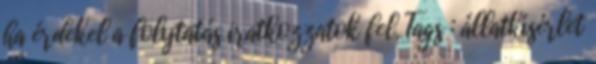
ha érdekel a folytatás iratkozzatok fel. Tags : állatkísérlet